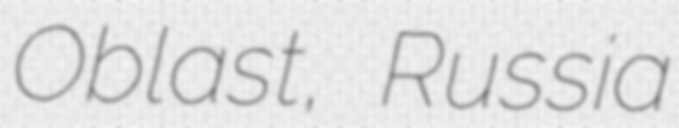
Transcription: Oblast, Russia